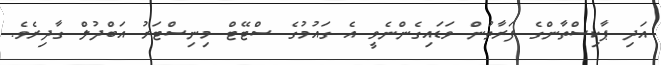
އަދި ޕާކިސްތާންގެ ފަރާތުން ވަޑައިގެންނެވީ އެ ގައުމުގެ ސްޓޭޓް މިނިސްޓަރު އަބްދުލް ގާދިރެވެ.